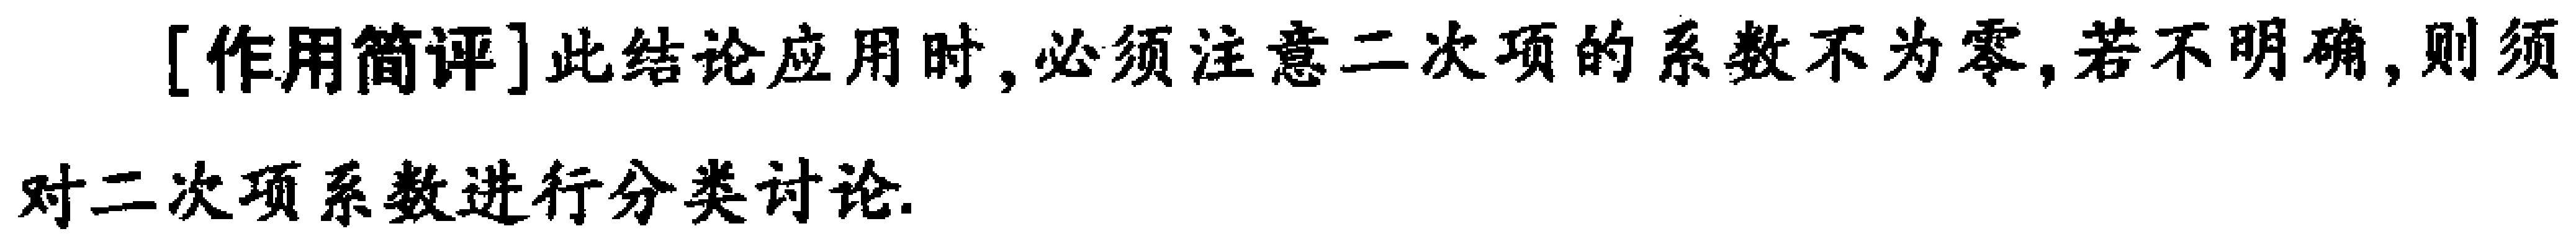
[作用简评]此结论应用时, 必须注意二次项的系数不为零, 若不明确, 则须对二次项系数进行分类讨论.